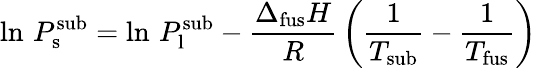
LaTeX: \ln\, P_{\mathrm{{s}}}^{\mathrm{{sub}}}=\ln\, P_{\mathrm{{l}}}^{\mathrm{{sub}}}-{\frac{\Delta_{\mathrm{{fus}}}H}{R}}\left({\frac{1}{T_{\mathrm{{sub}}}}}-{\frac{1}{T_{\mathrm{{fus}}}}}\right)